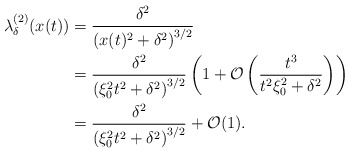
\begin{align*} \lambda_\delta^{(2)}(x(t)) & = \dfrac{\delta^2}{\left(x(t)^2+\delta^2\right)^{3/2}}\\ & = \dfrac{\delta^2}{\left(\xi_0^2t^2+\delta^2\right)^{3/2}} \left(1+\mathcal{O}\left(\dfrac{t^3}{t^2\xi_0^2+\delta^2}\right) \right)\\ & = \dfrac{\delta^2}{\left(\xi_0^2t^2+\delta^2\right)^{3/2}}+ \mathcal{O}(1).\end{align*}